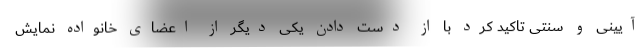
آیینی و سنتی تاکید کرد با از دست دادن یکی دیگر از اعضای خانواده نمایش